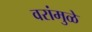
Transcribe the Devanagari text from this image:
वरांमुळे